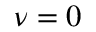
\nu = 0